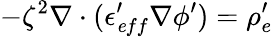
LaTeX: -\zeta^{2}\nabla\cdot(\epsilon_{\mathit eff}^{\prime}\nabla\phi^{\prime})=\rho_{e}^{\prime}